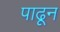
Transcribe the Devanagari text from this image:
पाढून